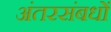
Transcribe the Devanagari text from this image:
अंतरसंबधों